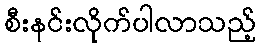
စီးနင်းလိုက်ပါလာသည့်